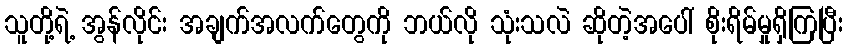
သူတို့ရဲ့ အွန်လိုင်း အချက်အလက်တွေကို ဘယ်လို သုံးသလဲ ဆိုတဲ့အပေါ် စိုးရိမ်မှုရှိကြပြီး